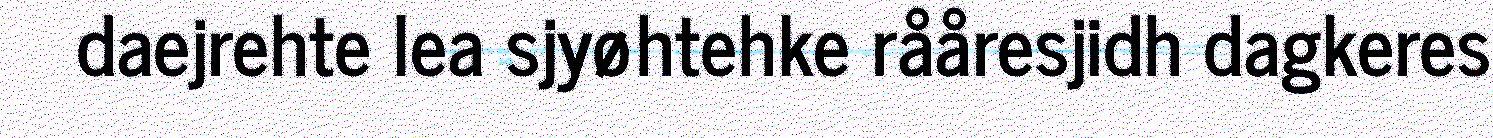
daejrehte lea sjyøhtehke rååresjidh dagkeres